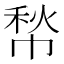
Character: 㡑